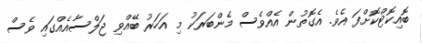
ބޮއިކޮޓްކޮށްފަ އެވެ. އެގޮތުން އެއްވެސް މެންބަރަކު މި އަހަރު ބޭއްވި ޖަލްސާއެއްގައި ވެސް